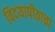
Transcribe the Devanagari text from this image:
विदयापीठाचा